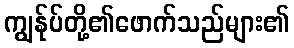
ကျွန်ုပ်တို့၏ဖောက်သည်များ၏